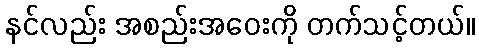
နင်လည်း အစည်းအဝေးကို တက်သင့်တယ်။